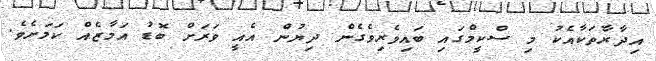
އިދާރާތަކާއެކު މި ސްކީމްގައި ބައިވެރިވެގެން ދިޔުން އެއީ ވަރަށް ބޮޑު އަމާޒެއް ކަމަށެވެ.